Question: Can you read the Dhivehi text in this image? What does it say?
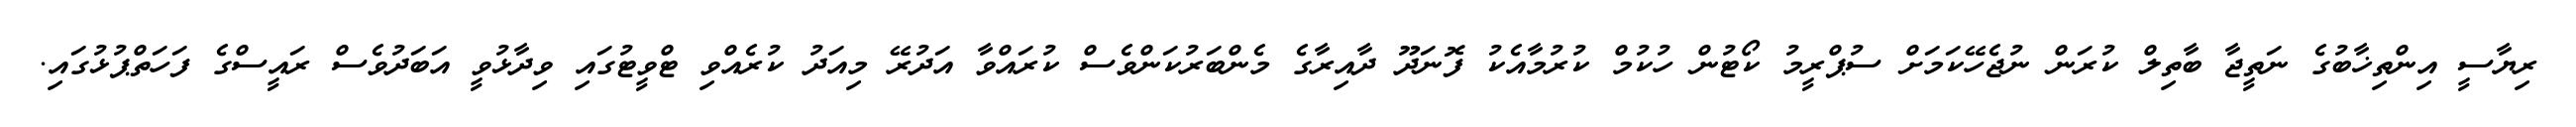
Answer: ރިޔާސީ އިންތިޚާބުގެ ނަތީޖާ ބާތިލް ކުރަން ނުޖެހޭކަމަށް ސުޕްރީމު ކޯޓުން ހުކުމް ކުރުމާއެކު ފޮނަދޫ ދާއިރާގެ މެންބަރުކަންވެސް ކުރައްވާ އަދުރޭ މިއަދު ކުރެއްވި ޓްވީޓުގައި ވިދާޅުވީ އަބަދުވެސް ރައީސްގެ ފަހަތްޕުޅުގައި.